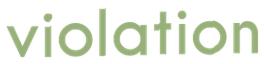
violation